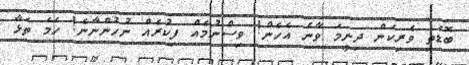
ބޮޑެތި ވެރިކަން ދިނީމަ ވާނެ އެހެން! ވިސްނުމެއް ފިކުރެއް ނުހުންނާނެ! ހަމަ ތަޅާ